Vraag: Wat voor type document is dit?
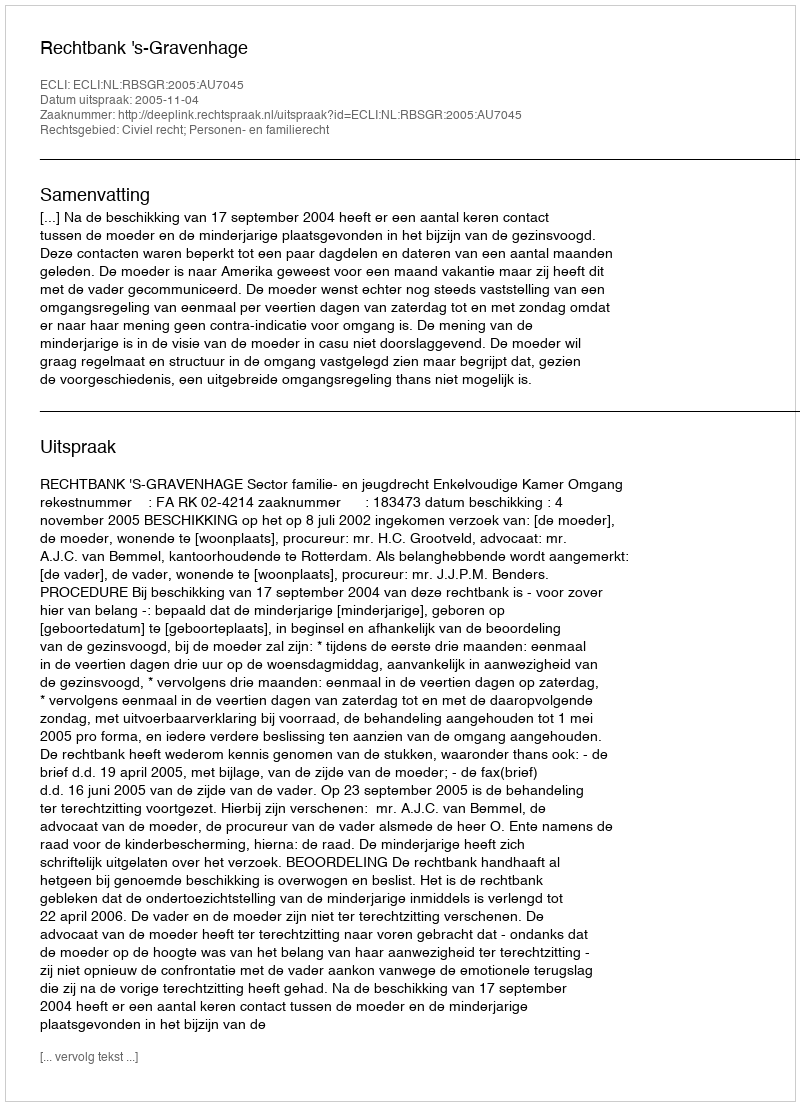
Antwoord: Uitspraak